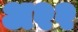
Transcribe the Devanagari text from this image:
अ२२